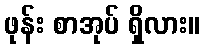
ဖုန်း စာအုပ် ရှိလား။